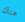
هناك